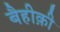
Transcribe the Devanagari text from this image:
बैहीक़ी